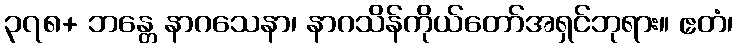
၃၇၈+ ဘန္တေ နာဂသေနာ၊ နာဂသိန်ကိုယ်တော်အရှင်ဘုရား။ ဧတံ၊